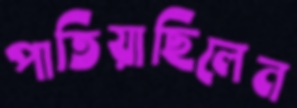
পাতিয়াছিলেন